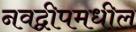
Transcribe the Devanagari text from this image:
नवद्वीपमधील